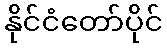
နိုင်ငံတော်ပိုင်